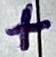
Text: +